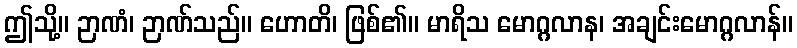
ဤသို့။ ဉာဏံ၊ ဉာဏ်သည်။ ဟောတိ၊ ဖြစ်၏။ မာရိသ မောဂ္ဂလာန၊ အချင်းမောဂ္ဂလာန်။